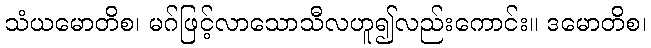
သံယမောတိစ၊ မဂ်ဖြင့်လာသောသီလဟူ၍လည်းကောင်း။ ဒမောတိစ၊